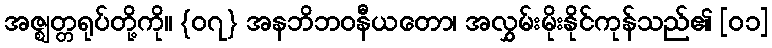
အဇ္ဈတ္တရုပ်တို့ကို။ {၀၇} အနဘိဘဝနီယတော၊ အလွှမ်းမိုးနိုင်ကုန်သည်၏ [၀၁]